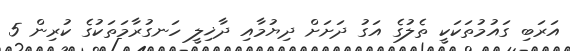
އަރަބި ގައުމުތަކަކީ ތެލުގެ އަގު ދަަަަށަށް ދިޔުމާއި ދާޚިލީ ހަނގުރާމަތަކުގެ ކުރިން 5